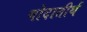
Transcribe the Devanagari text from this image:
गोदातीर्थ